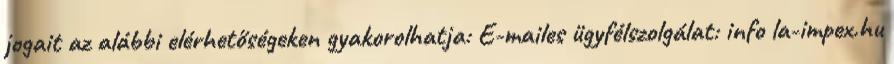
jogait az alábbi elérhetőségeken gyakorolhatja: E-mailes ügyfélszolgálat: info la-impex.hu